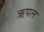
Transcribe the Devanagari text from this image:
ऋपल